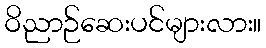
ဝိညာဉ်ဆေးပင်များလား။